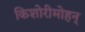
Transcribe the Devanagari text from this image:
किशोरीमोहन्